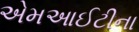
એમઆઈટીના